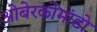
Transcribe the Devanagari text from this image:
ओबेरकोमांडो